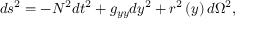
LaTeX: d s ^ { 2 } = - N ^ { 2 } d t ^ { 2 } + g _ { y y } d y ^ { 2 } + r ^ { 2 } \left( y \right) d \Omega ^ { 2 } ,